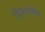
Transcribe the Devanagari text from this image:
झिम्बाब्वेत